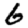
Digit: 6